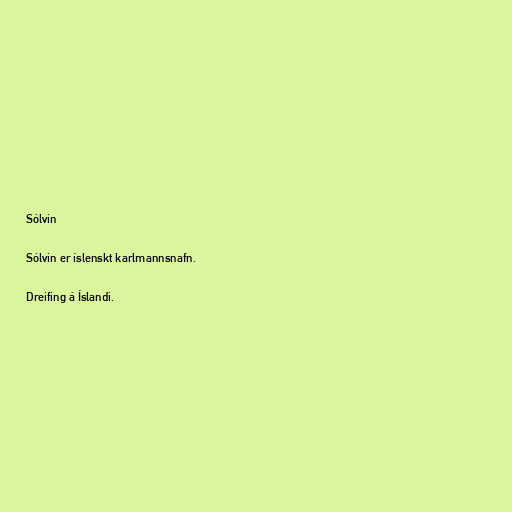
Sólvin

Sólvin er íslenskt karlmannsnafn.

Dreifing á Íslandi.